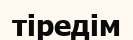
тіредім